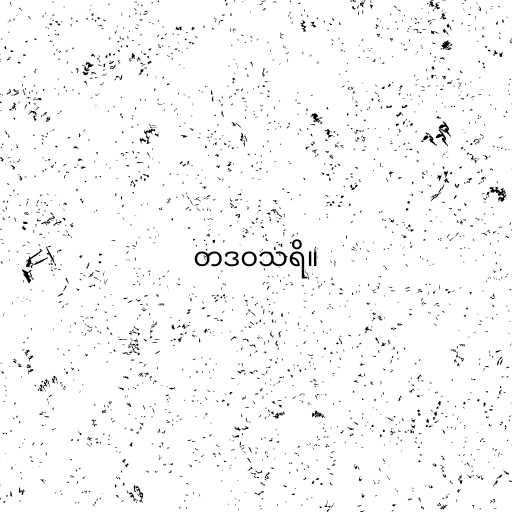
တဒဝသရိ။